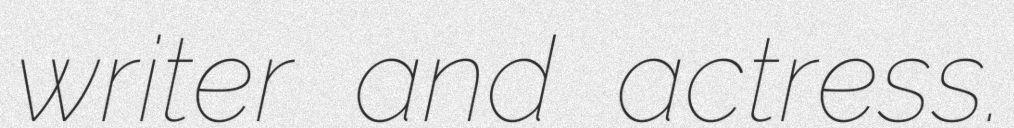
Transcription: writer and actress.